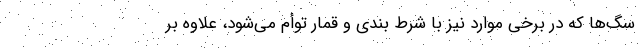
سگ‌ها که در برخی موارد نیز با شرط بندی و قمار توأم می‌شود، علاوه بر